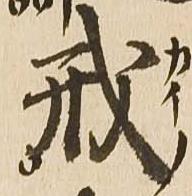
戒